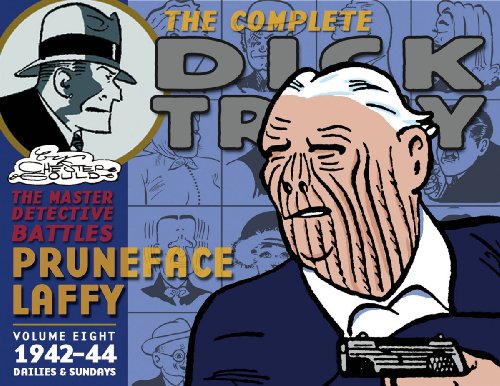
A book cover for Complete Chester Gould's Dick Tracy Volume 8 (v. 8); Chester Gould; Humor & Entertainment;